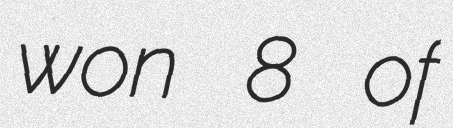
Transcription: won 8 of